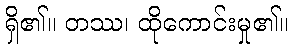
ရှိ၏။ တဿ၊ ထိုကောင်းမှု၏။